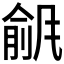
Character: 𫖾